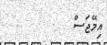
އިމޭޖަސް